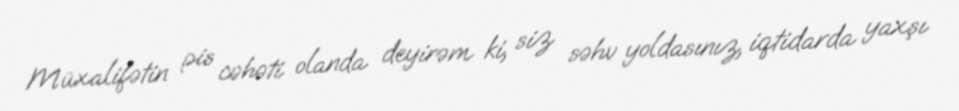
Müxalifətin pis cəhəti olanda deyirəm ki, siz səhv yoldasınız, iqtidarda yaxşı